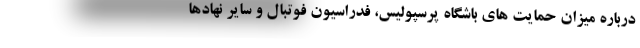
درباره میزان حمایت های باشگاه پرسپولیس، فدراسیون فوتبال و سایر نهادها